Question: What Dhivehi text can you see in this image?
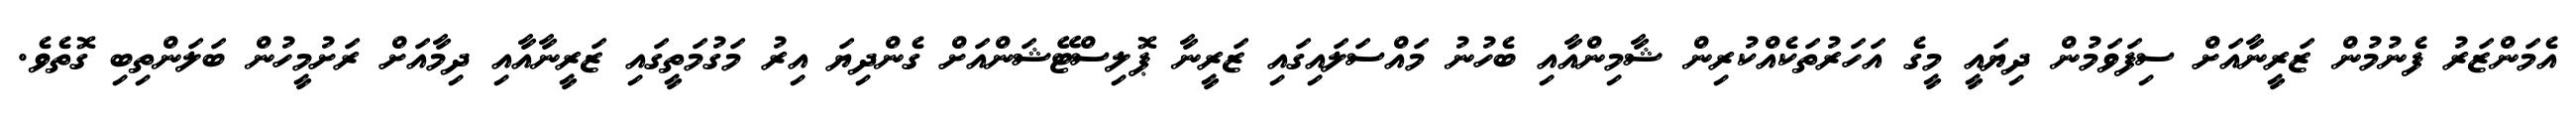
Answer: އެމަންޒަރު ފެނުމުން ޒަރީނާއަށް ސިފަވަމުން ދިޔައީ މީގެ އަހަރުތަކެއްކުރިން ޝާމިންއާއި ބެހުނު މައްސަލައިގައި ޒަރީނާ ޕޮލިސްޓޭޝަންއަށް ގެންދިޔަ އިރު މަގުމަތީގައި ޒަރީނާއާއި ދިމާއަށް ރަށުމީހުން ބަލަންތިބި ގޮތެވެ.